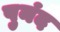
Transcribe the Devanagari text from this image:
पुनंद